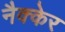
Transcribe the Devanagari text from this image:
नैक्केर